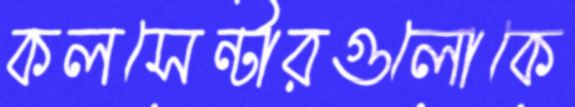
কলসেন্টারগুলোকে